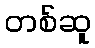
တစ်ဆူ